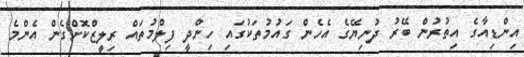
އިންޑިއާގެ އިތުރުން ބޭރު ދުނިޔޭގެ އެހެން ގައުމުތަކުގައި ހިންދީ ފިލްމުތައް ރިލީޒްކޮށްގެން އެންމެ